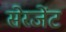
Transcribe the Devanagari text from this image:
सेरजेंट